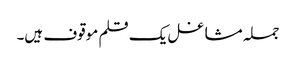
جملہ مشاغل یک قلم موقوف ہیں۔